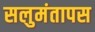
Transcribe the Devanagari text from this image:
सलुमंतापस